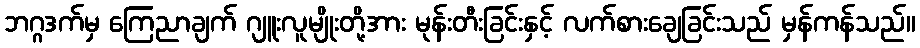
ဘဂ္ဂဒက်မှ ကြေညာချက် ဂျူးလူမျိုးတို့အား မုန်းတီးခြင်းနှင့် လက်စားချေခြင်းသည် မှန်ကန်သည်။